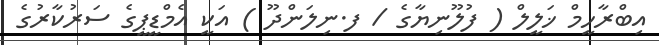
އިބްރާހީމް ޚަލީލް ( ފުލޫނިޔާގެ / ފ.ނިލަންދޫ ) އަކީ އެމްޑީޕީގެ ސަރުކާރުގެ